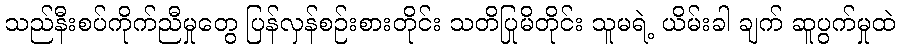
သည်နီးစပ်ကိုက်ညီမှုတွေ ပြန်လှန်စဉ်းစားတိုင်း သတိပြုမိတိုင်း သူမရဲ့ ယိမ်းခါ ချက် ဆူပွက်မှုထဲ